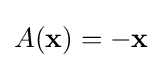
A(\mathbf {x} )=-\mathbf {x}